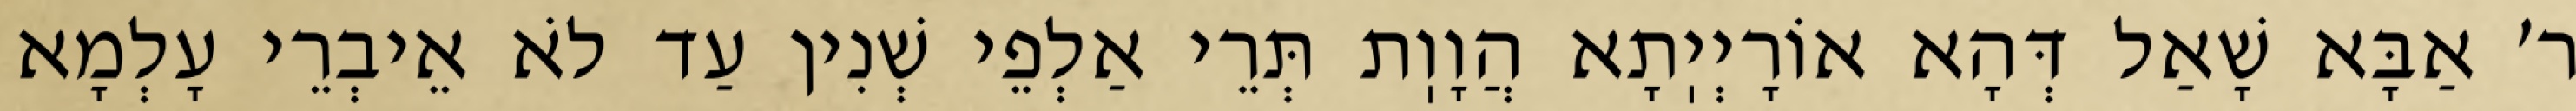
ר׳ אַבָּא שָׁאַל דְּהָא אוֹרָיְיֽתָא הֲוָוֽת תְּרֵי אַלְפֵי שְׁנִין עַד לֹא אֵיבְרֵי עָלְמָא